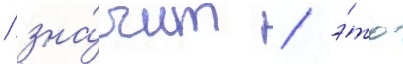
/ зна́чит / э́то